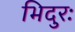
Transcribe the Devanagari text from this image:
भिदुरः